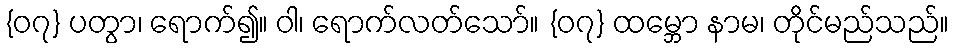
{၀၇} ပတွာ၊ ရောက်၍။ ဝါ၊ ရောက်လတ်သော်။ {၀၇} ထမ္ဘော နာမ၊ တိုင်မည်သည်။